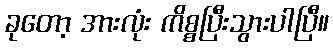
ခုတော့ အားလုံး ကိစ္စပြီးသွားပါပြီ။